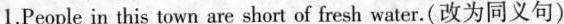
1.People in this town are short of fresh water.(改为同义句)